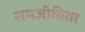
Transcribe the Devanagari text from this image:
समजीविता